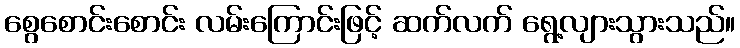
စွေစောင်းစောင်း လမ်းကြောင်းဖြင့် ဆက်လက် ရွေ့လျားသွားသည်။